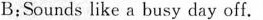
B;Sounds like a busy day off.